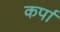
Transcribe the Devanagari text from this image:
कर्पा